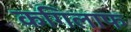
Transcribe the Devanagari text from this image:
कगिलाफ